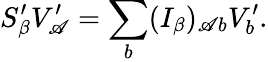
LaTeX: S_{\beta}^{\prime}V_{\mathscr{A}}^{\prime}=\sum_{b}(I_{\beta})_{\mathscr{A}b}V_{b}^{\prime}.